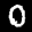
Label: 0